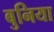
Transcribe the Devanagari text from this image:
बुनिया